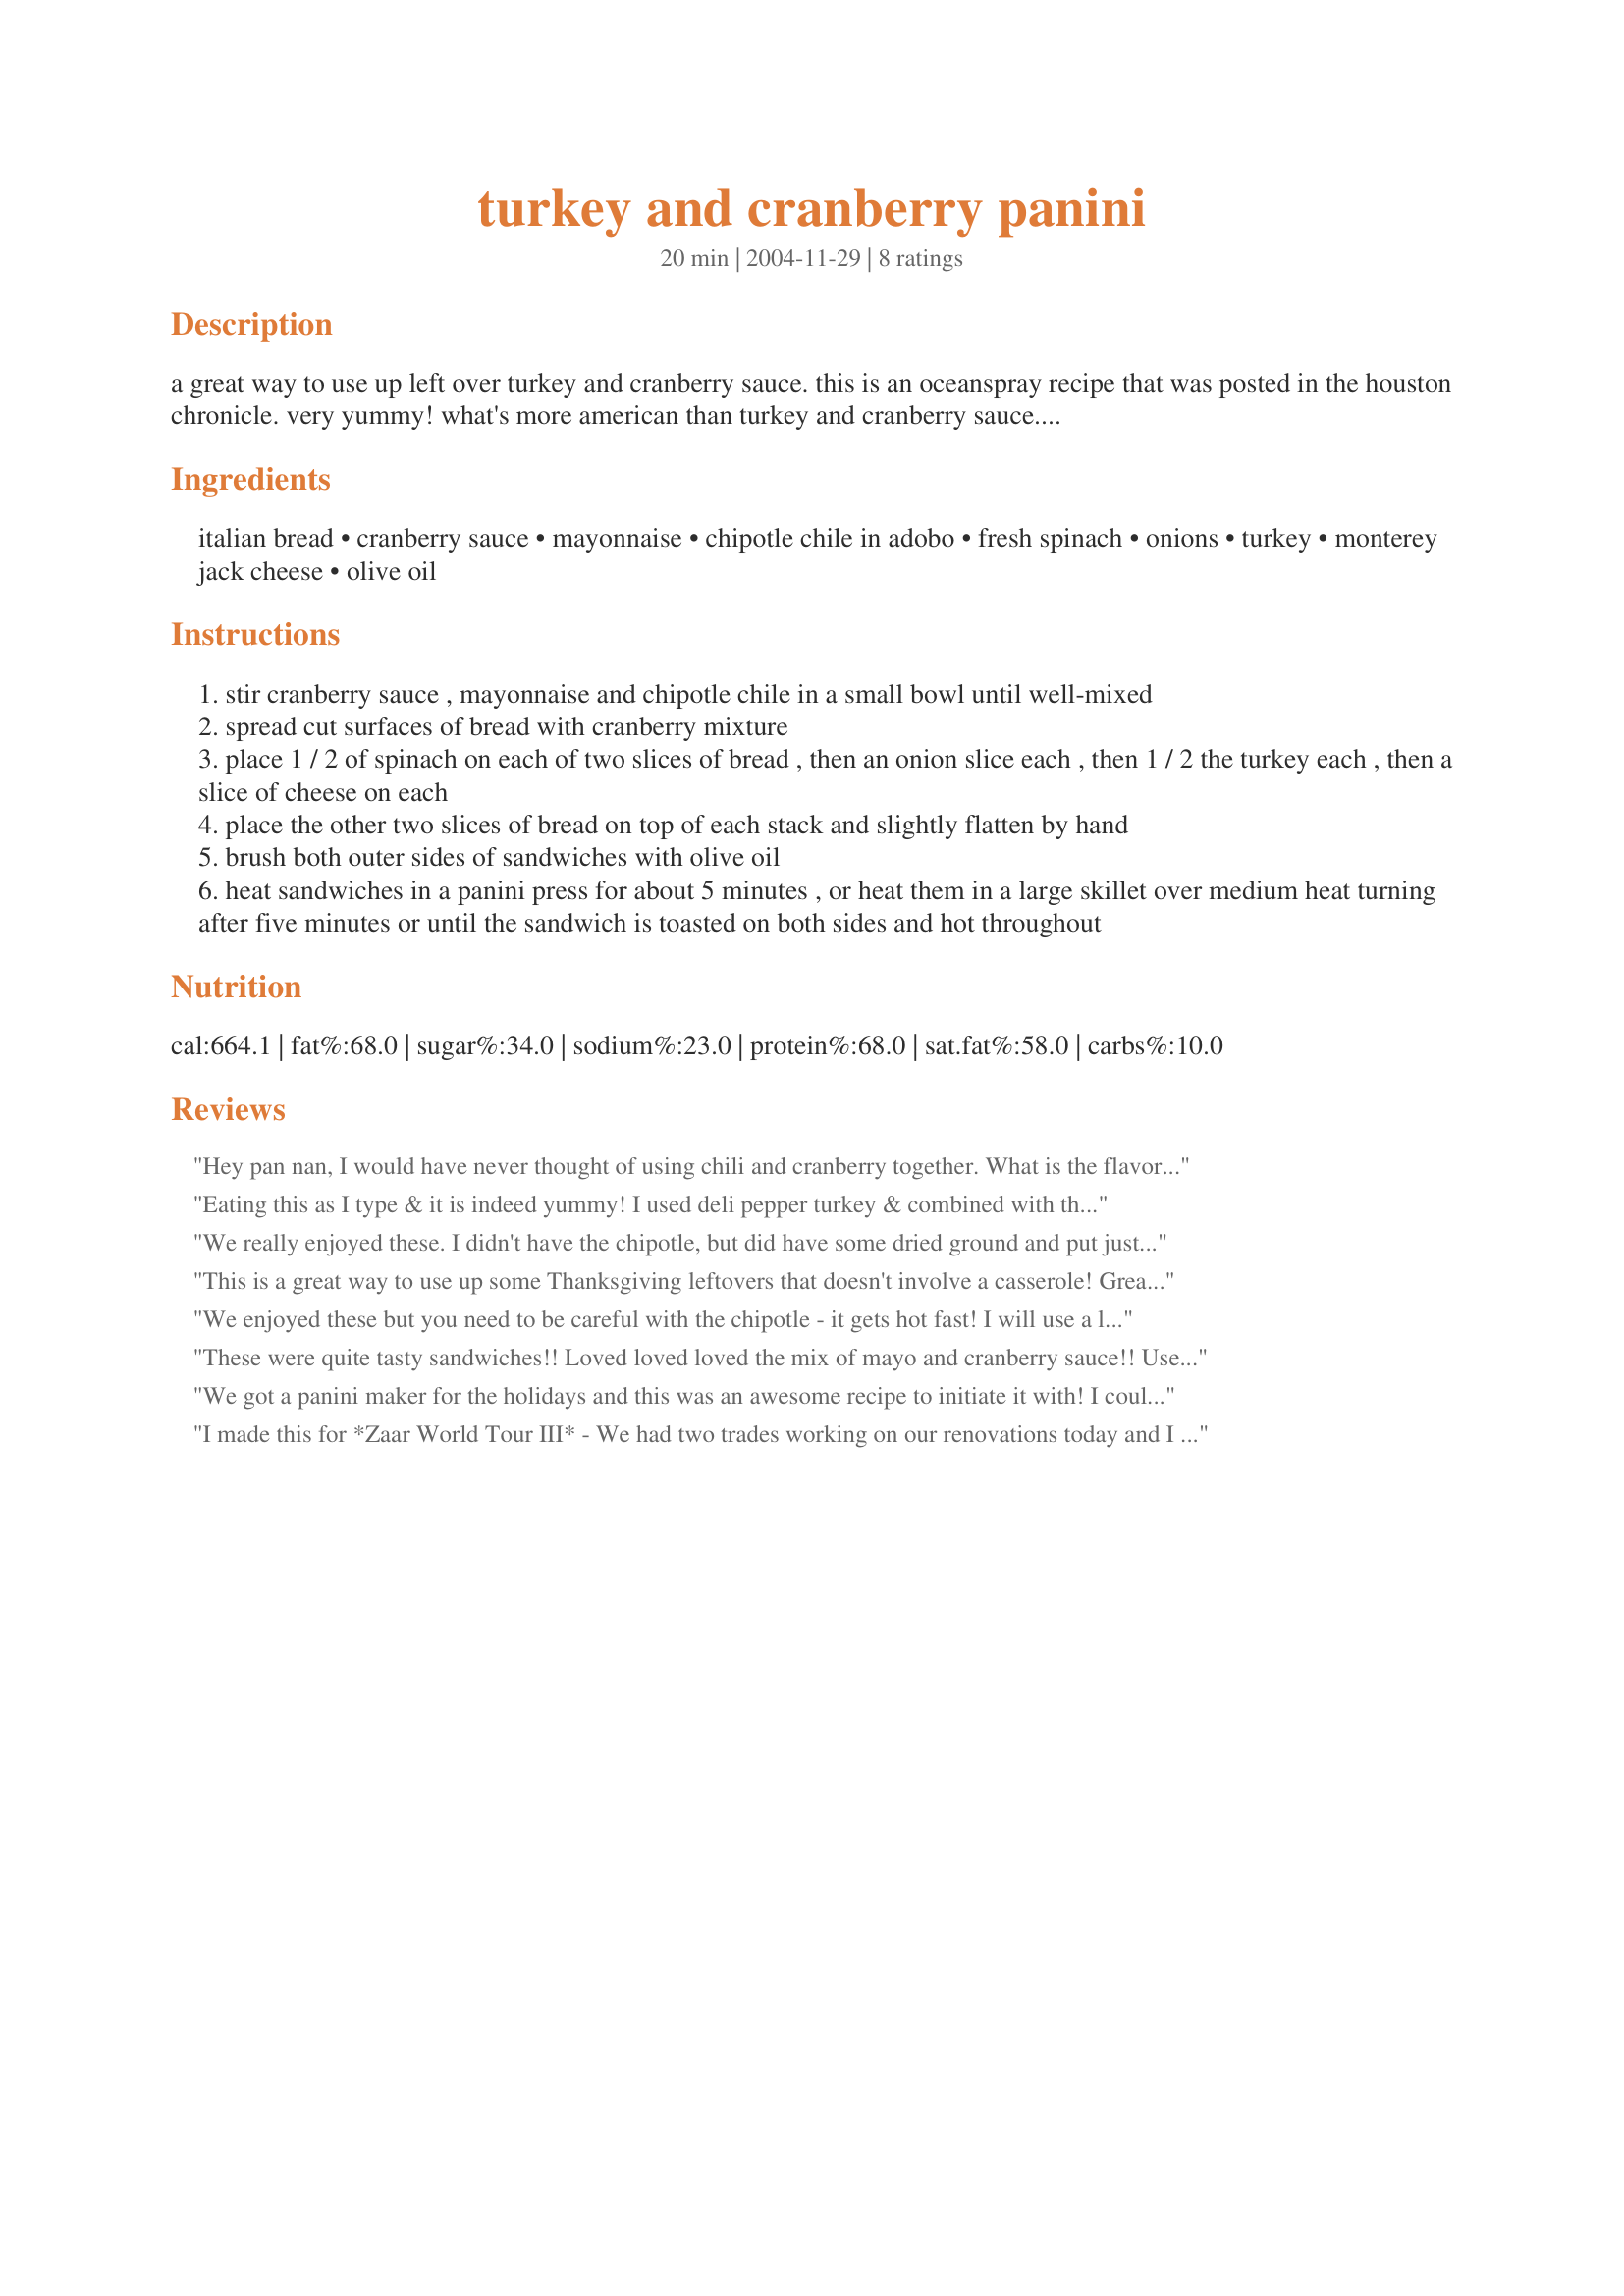
turkey and cranberry panini
Preparation time: 20 minutes

a great way to use up left over turkey and cranberry sauce. this is an oceanspray recipe that was posted in the houston chronicle. very yummy! what's more american than turkey and cranberry sauce. this recipe represents the southwestern region of the us because of chile and monterey jack cheese.

Ingredients:
italian bread, cranberry sauce, mayonnaise, chipotle chile in adobo, fresh spinach, onions, turkey, monterey jack cheese, olive oil

Steps:
stir cranberry sauce , mayonnaise and chipotle chile in a small bowl until well-mixed
spread cut surfaces of bread with cranberry mixture
place 1 / 2 of spinach on each of two slices of bread , then an onion slice each , then 1 / 2 the turkey each , then a slice of cheese on each
place the other two slices of bread on top of each stack and slightly flatten by hand
brush both outer sides of sandwiches with olive oil
heat sandwiches in a panini press for about 5 minutes , or heat them in a large skillet over medium heat turning after five minutes or until the sandwich is toasted on both sides and hot throughout

Reviews:
Hey pan nan, I would have never thought of using chili and cranberry together. What is the flavor? rm
Eating this as I type & it is indeed yummy! I used deli pepper turkey & combined with the chipotle, it has a nice bite. Love the mayo blend - can see me using this with other recipes (turkey burgers comes to mind). My contact grill took 5 minutes to get them crunchy & the cheese gooey. Thanks for posting this keeper!
We really enjoyed these. I didn't have the chipotle, but did have some dried ground and put just a little. We had 1/2 of one left over and it even reheated well in the microwave. I used a ciabatta roll. Also substituted provolone cheese.
This is a great way to use up some Thanksgiving leftovers that doesn't involve a casserole! Great combination of flavors. SusieQusie described it perfectly, crunchy and gooey.
We enjoyed these but you need to be careful with the chipotle - it gets hot fast! I will use a little less next time and I'm sure they will be much better! Thanks!
These were quite tasty sandwiches!! Loved loved loved the mix of mayo and cranberry sauce!! Used deli smoked turkey and some slices of Swiss cheese. Forgot to brush the bread with olive oil - but they turned out nice and crunchy! Used mini french baguettes. Thanks PanNan!
We got a panini maker for the holidays and this was an awesome recipe to initiate it with! I could not find the chipotle chilie so I used diced green chilis that are canned in the Mexican food section of the grocery store and it was excellent. Many thanks for sharing!!
I made this for *Zaar World Tour III* - We had two trades working on our renovations today and I made them the Panini for lunch, they really enjoyed them. I used foccacia bread and had to substitute the cheese to Australian Grated Cheddar because Monterey Jack Cheese is not available in my region. The flavours all combined well. Thank you PanNan
